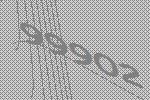
99902